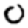
Digit: 0